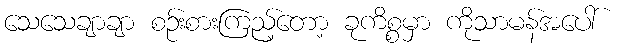
သေသေချာချာ စဉ်းစားကြည့်တော့ ခုကိစ္စမှာ ကိုသာမန်အပေါ်